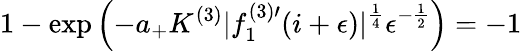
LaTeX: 1-\exp\left(-a_{+}K^{(3)}|f_{1}^{(3)\prime}(i+\epsilon)|^{\frac{1}{4}}\epsilon^{-\frac{1}{2}}\right)=-1